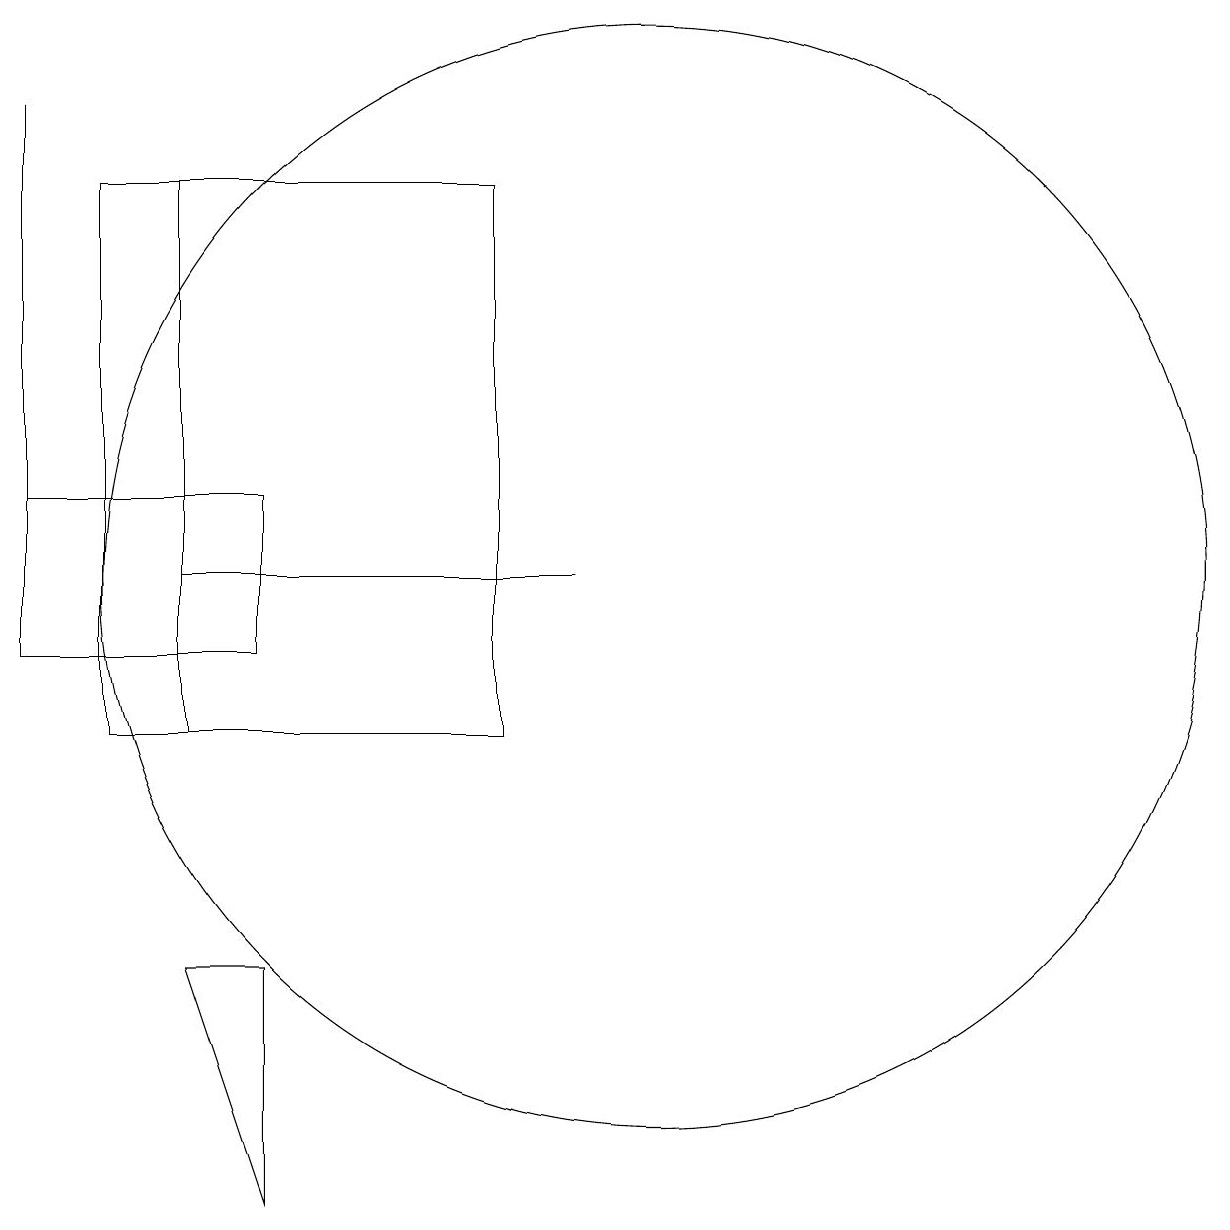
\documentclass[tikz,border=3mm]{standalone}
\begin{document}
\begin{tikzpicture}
\draw (4,12) rectangle (9,12);
\draw (10,12) circle (7);
\draw (2,11) rectangle (2,18);
\draw (5,7) -- (4,7) -- (5,4) -- cycle;
\draw (4,10) rectangle (4,17);
\draw (8,17) rectangle (3,10);
\draw (2,13) rectangle (5,11);
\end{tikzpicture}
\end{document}